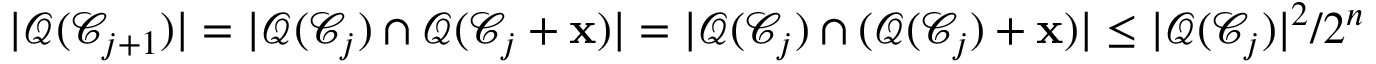
\begin{array} { r } { | \mathcal { Q } ( \mathcal { C } _ { j + 1 } ) | = | \mathcal { Q } ( \mathcal { C } _ { j } ) \cap \mathcal { Q } ( \mathcal { C } _ { j } + \mathbf { x } ) | = | \mathcal { Q } ( \mathcal { C } _ { j } ) \cap ( \mathcal { Q } ( \mathcal { C } _ { j } ) + \mathbf { x } ) | \leq | \mathcal { Q } ( \mathcal { C } _ { j } ) | ^ { 2 } / 2 ^ { n } } \end{array}